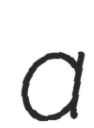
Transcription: a